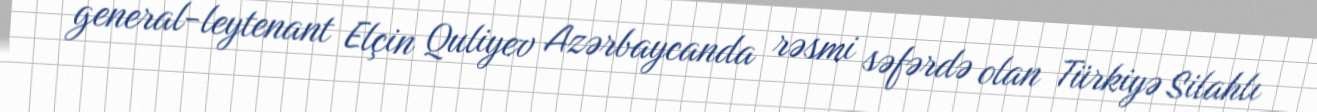
general-leytenant Elçin Quliyev Azərbaycanda rəsmi səfərdə olan Türkiyə Silahlı